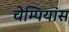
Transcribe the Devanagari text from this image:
चेम्पियांस